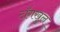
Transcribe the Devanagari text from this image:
टाँगखुल